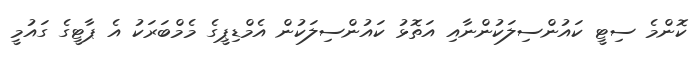
ކޮންމެ ސިޓީ ކައުންސިލަކުންނާއި އަތޮޅު ކައުންސިލަކުން އެމްޑިޕީގެ މެމްބަރަކު އެ ޕާޓީގެ ގައުމީ